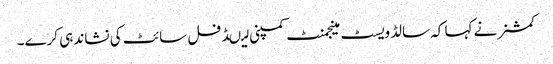
کمشنر نے کہا کہ سالڈویسٹ مینجمنٹ کمپنی لیںڈ فل سائٹ کی نشاندہی کرے۔